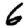
Digit: 6